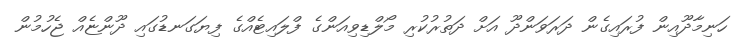
ހަނިމާދޫއިން ފުރައިގެން ދަރަވަންދޫ އަށް ދަތުރުކުރި މޯލްޑިވިއަންގެ ފްލައިޓެއްގެ ފިޔަގަނޑުގައި ދޫންޏެއް ޖެހުމުން